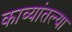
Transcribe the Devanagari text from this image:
काव्यांतल्या